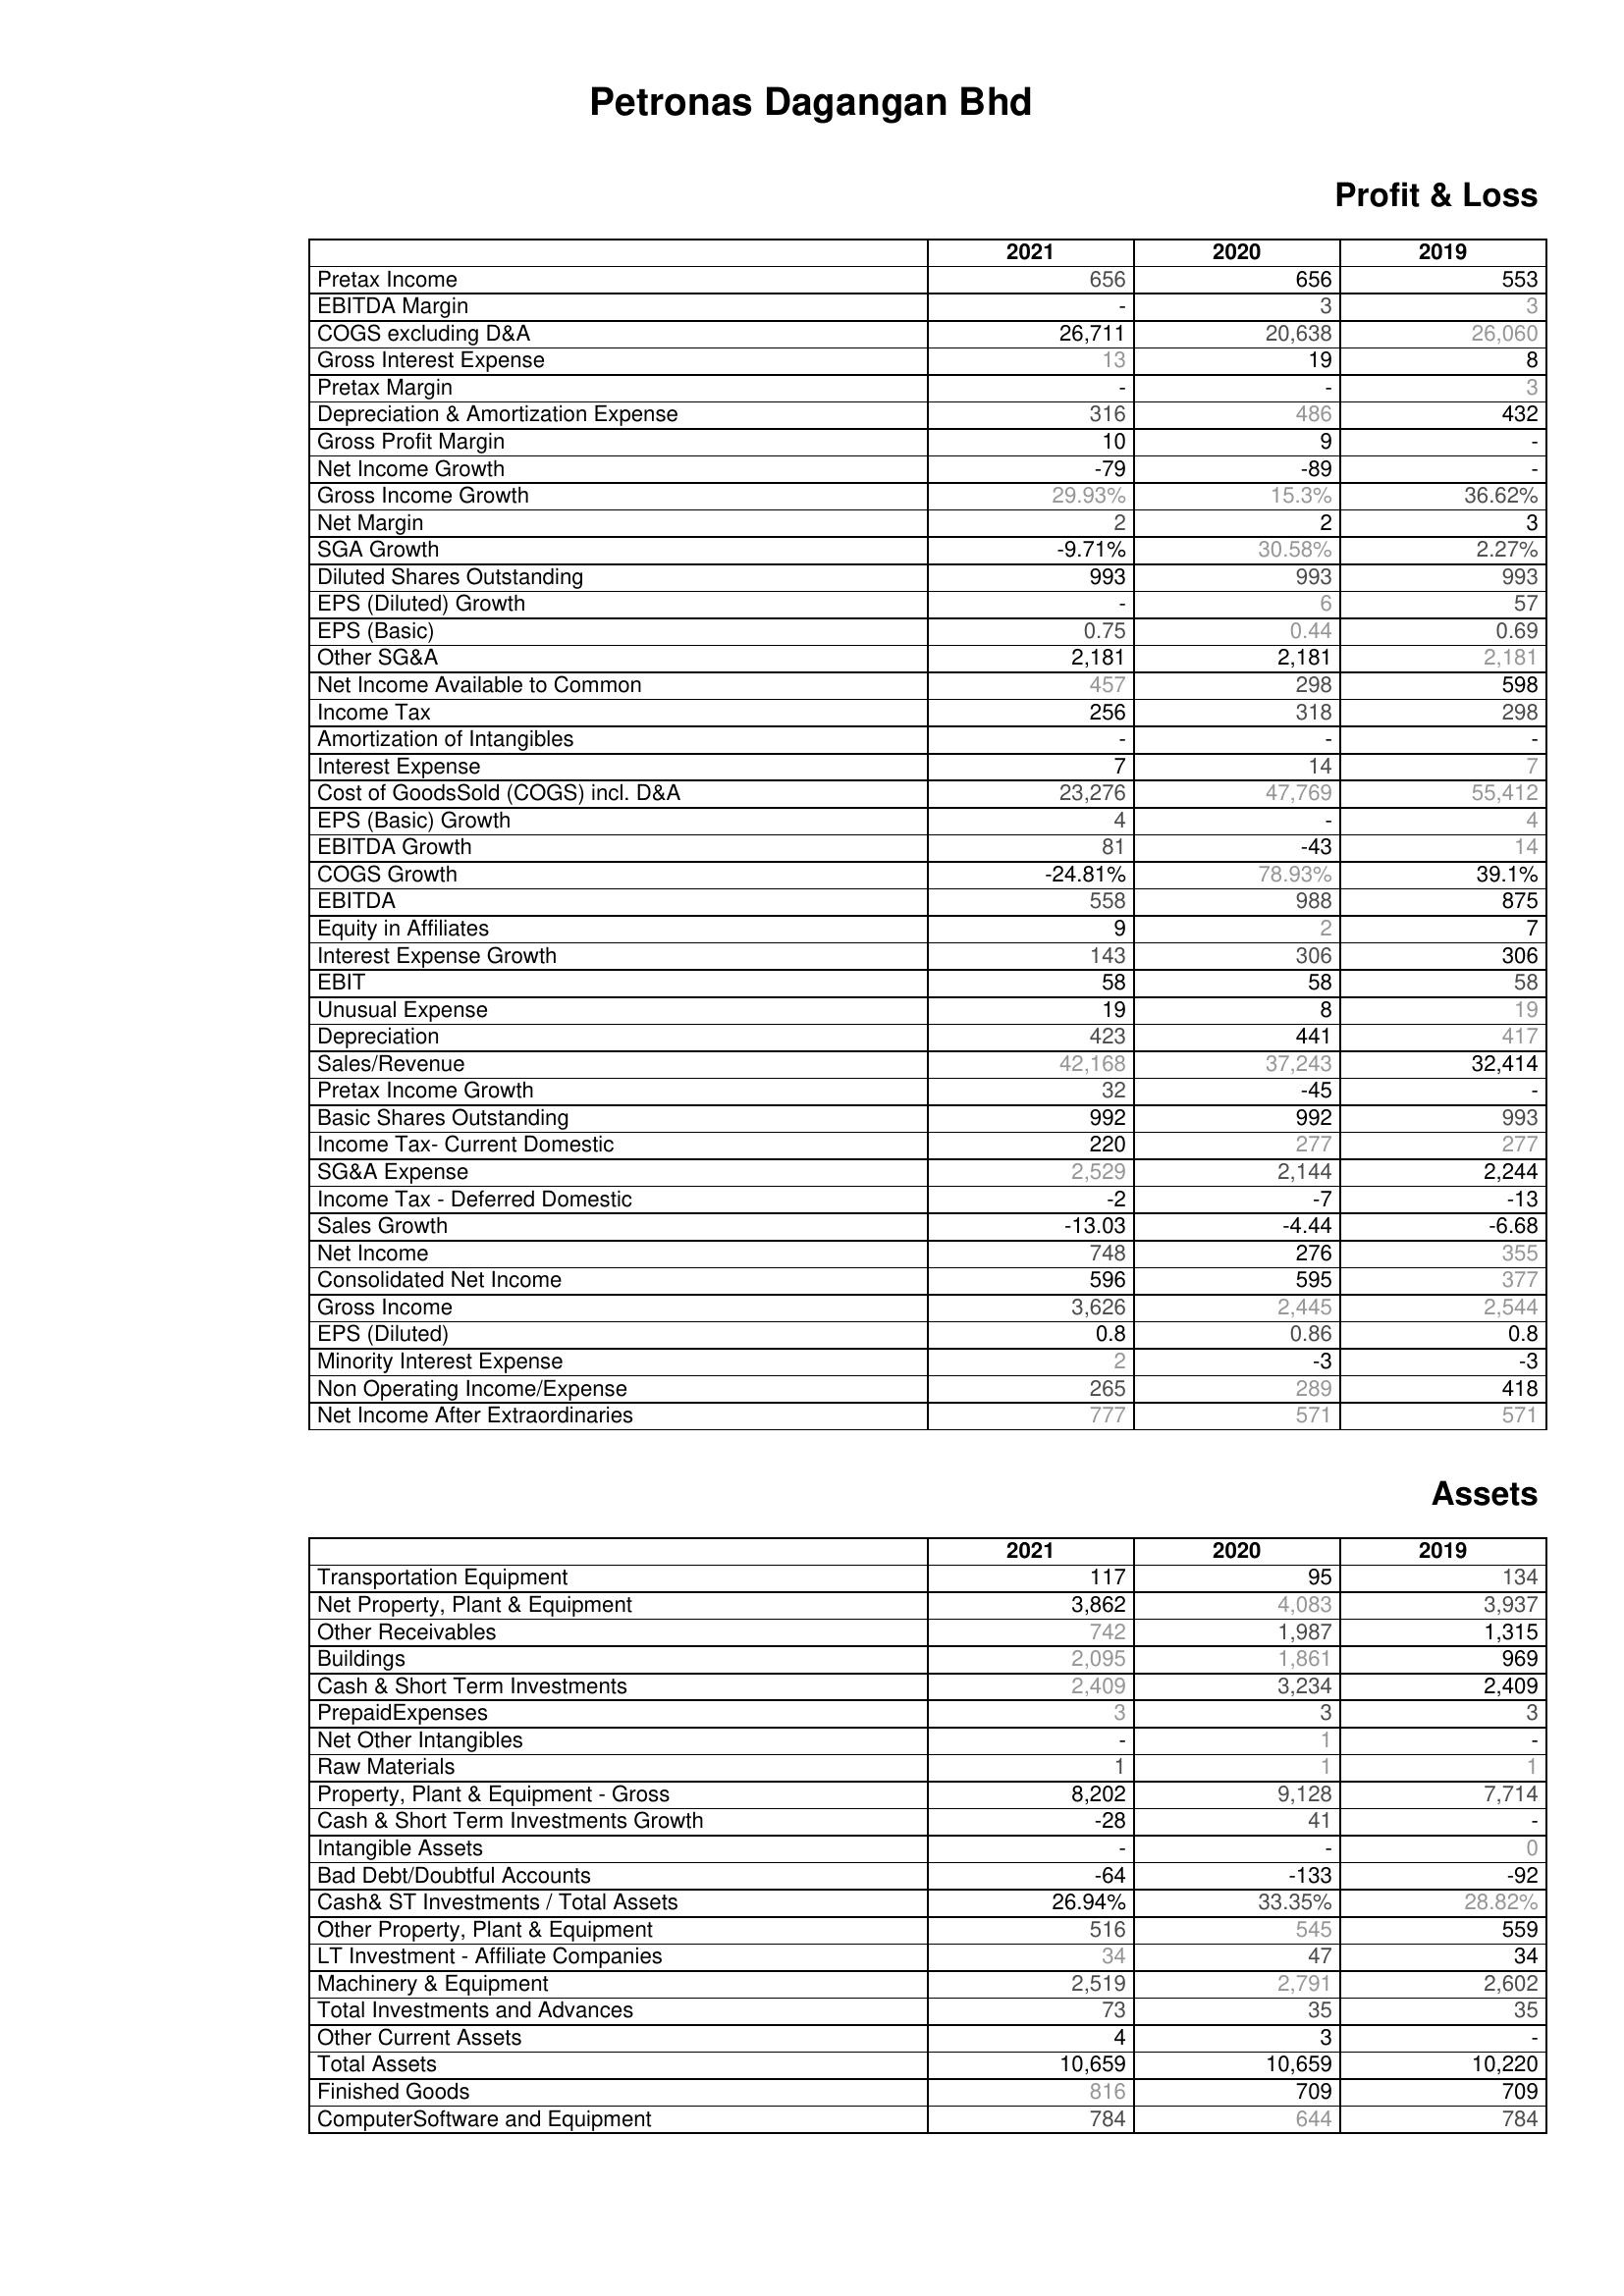
2021: Profit & Loss: Pretax Income: 656
EBITDA Margin: -
COGS excluding D&A: 26,711
Gross Interest Expense: 13
Pretax Margin: -
Depreciation & Amortization Expense: 316
Gross Profit Margin: 10
Net Income Growth: -79
Gross Income Growth: 29.93%
Net Margin: 2
SGA Growth: -9.71%
Diluted Shares Outstanding: 993
EPS (Diluted) Growth: -
EPS (Basic): 0.75
Other SG&A: 2,181
Net Income Available to Common: 457
Income Tax: 256
Amortization of Intangibles: -
Interest Expense: 7
Cost of GoodsSold (COGS) incl. D&A: 23,276
EPS (Basic) Growth: 4
EBITDA Growth: 81
COGS Growth: -24.81%
EBITDA: 558
Equity in Affiliates: 9
Interest Expense Growth: 143
EBIT: 58
Unusual Expense: 19
Depreciation: 423
Sales/Revenue: 42,168
Pretax Income Growth: 32
Basic Shares Outstanding: 992
Income Tax- Current Domestic: 220
SG&A Expense: 2,529
Income Tax - Deferred Domestic: -2
Sales Growth: -13.03
Net Income: 748
Consolidated Net Income: 596
Gross Income: 3,626
EPS (Diluted): 0.8
Minority Interest Expense: 2
Non Operating Income/Expense: 265
Net Income After Extraordinaries: 777
Assets: Transportation Equipment: 117
Net Property, Plant & Equipment: 3,862
Other Receivables: 742
Buildings: 2,095
Cash & Short Term Investments: 2,409
PrepaidExpenses: 3
Net Other Intangibles: -
Raw Materials: 1
Property, Plant & Equipment - Gross : 8,202
Cash & Short Term Investments Growth: -28
Intangible Assets: -
Bad Debt/Doubtful Accounts: -64
Cash& ST Investments / Total Assets: 26.94%
Other Property, Plant & Equipment: 516
LT Investment - Affiliate Companies: 34
Machinery & Equipment: 2,519
Total Investments and Advances: 73
Other Current Assets: 4
Total Assets: 10,659
Finished Goods: 816
ComputerSoftware and Equipment: 784
2020: Profit & Loss: Pretax Income: 656
EBITDA Margin: 3
COGS excluding D&A: 20,638
Gross Interest Expense: 19
Pretax Margin: -
Depreciation & Amortization Expense: 486
Gross Profit Margin: 9
Net Income Growth: -89
Gross Income Growth: 15.3%
Net Margin: 2
SGA Growth: 30.58%
Diluted Shares Outstanding: 993
EPS (Diluted) Growth: 6
EPS (Basic): 0.44
Other SG&A: 2,181
Net Income Available to Common: 298
Income Tax: 318
Amortization of Intangibles: -
Interest Expense: 14
Cost of GoodsSold (COGS) incl. D&A: 47,769
EPS (Basic) Growth: -
EBITDA Growth: -43
COGS Growth: 78.93%
EBITDA: 988
Equity in Affiliates: 2
Interest Expense Growth: 306
EBIT: 58
Unusual Expense: 8
Depreciation: 441
Sales/Revenue: 37,243
Pretax Income Growth: -45
Basic Shares Outstanding: 992
Income Tax- Current Domestic: 277
SG&A Expense: 2,144
Income Tax - Deferred Domestic: -7
Sales Growth: -4.44
Net Income: 276
Consolidated Net Income: 595
Gross Income: 2,445
EPS (Diluted): 0.86
Minority Interest Expense: -3
Non Operating Income/Expense: 289
Net Income After Extraordinaries: 571
Assets: Transportation Equipment: 95
Net Property, Plant & Equipment: 4,083
Other Receivables: 1,987
Buildings: 1,861
Cash & Short Term Investments: 3,234
PrepaidExpenses: 3
Net Other Intangibles: 1
Raw Materials: 1
Property, Plant & Equipment - Gross : 9,128
Cash & Short Term Investments Growth: 41
Intangible Assets: -
Bad Debt/Doubtful Accounts: -133
Cash& ST Investments / Total Assets: 33.35%
Other Property, Plant & Equipment: 545
LT Investment - Affiliate Companies: 47
Machinery & Equipment: 2,791
Total Investments and Advances: 35
Other Current Assets: 3
Total Assets: 10,659
Finished Goods: 709
ComputerSoftware and Equipment: 644
2019: Profit & Loss: Pretax Income: 553
EBITDA Margin: 3
COGS excluding D&A: 26,060
Gross Interest Expense: 8
Pretax Margin: 3
Depreciation & Amortization Expense: 432
Gross Profit Margin: -
Net Income Growth: -
Gross Income Growth: 36.62%
Net Margin: 3
SGA Growth: 2.27%
Diluted Shares Outstanding: 993
EPS (Diluted) Growth: 57
EPS (Basic): 0.69
Other SG&A: 2,181
Net Income Available to Common: 598
Income Tax: 298
Amortization of Intangibles: -
Interest Expense: 7
Cost of GoodsSold (COGS) incl. D&A: 55,412
EPS (Basic) Growth: 4
EBITDA Growth: 14
COGS Growth: 39.1%
EBITDA: 875
Equity in Affiliates: 7
Interest Expense Growth: 306
EBIT: 58
Unusual Expense: 19
Depreciation: 417
Sales/Revenue: 32,414
Pretax Income Growth: -
Basic Shares Outstanding: 993
Income Tax- Current Domestic: 277
SG&A Expense: 2,244
Income Tax - Deferred Domestic: -13
Sales Growth: -6.68
Net Income: 355
Consolidated Net Income: 377
Gross Income: 2,544
EPS (Diluted): 0.8
Minority Interest Expense: -3
Non Operating Income/Expense: 418
Net Income After Extraordinaries: 571
Assets: Transportation Equipment: 134
Net Property, Plant & Equipment: 3,937
Other Receivables: 1,315
Buildings: 969
Cash & Short Term Investments: 2,409
PrepaidExpenses: 3
Net Other Intangibles: -
Raw Materials: 1
Property, Plant & Equipment - Gross : 7,714
Cash & Short Term Investments Growth: -
Intangible Assets: 0
Bad Debt/Doubtful Accounts: -92
Cash& ST Investments / Total Assets: 28.82%
Other Property, Plant & Equipment: 559
LT Investment - Affiliate Companies: 34
Machinery & Equipment: 2,602
Total Investments and Advances: 35
Other Current Assets: -
Total Assets: 10,220
Finished Goods: 709
ComputerSoftware and Equipment: 784